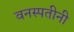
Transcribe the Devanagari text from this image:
वनस्पतीनी